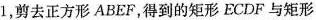
1$$，剪去正方形ABEF，得到的矩形ECDF与矩形